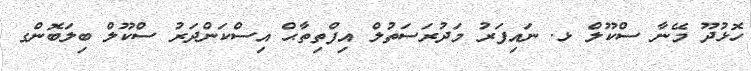
ހޮޅުދޫ މޭނާ ސްކޫލް ޅ. ނައިފަރު މަދުރަސަތުލް އިފްތިތާޙް އިސްކަންދަރު ސްކޫލް ބިލަބޮންގ